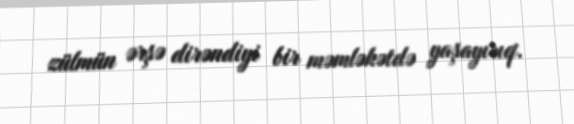
zülmün ərşə dirəndiyi bir məmləkətdə yaşayırıq.